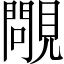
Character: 𧢈